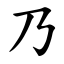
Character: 乃